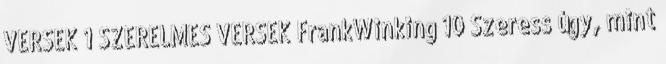
VERSEK 1 SZERELMES VERSEK FrankWinking 10 Szeress úgy, mint